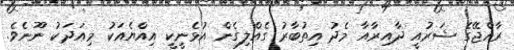
ރާއްޖޭގެ ޝަރުއީ ދާއިރާއާ މެދު އިތުބާރު ގެއްލިގެން އުޅެނީކީ އިއްޔެއަކު މިއަދަކު ނޫނެވެ.